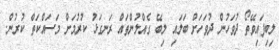
ލިބިފައިވޭތޯ ދުވަހުން ދުވަހަށް ބަލައި ލިބޭ ގެއްލުންތައް ރަނގަޅު ކުރުމަށް މަސައްކަތް ކުރުން.